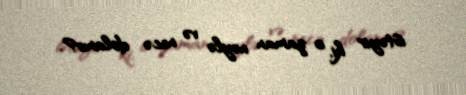
istəyir ki, o zaman nəylə və necə dolanır?.